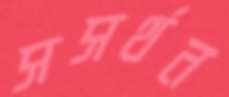
সসর্থন